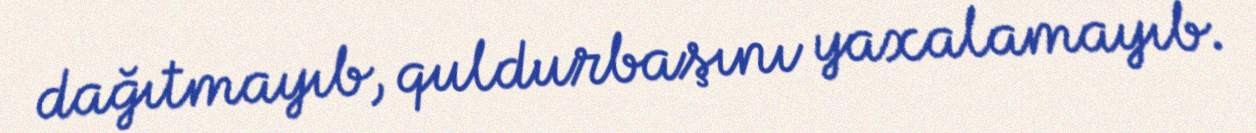
dağıtmayıb, quldurbaşını yaxalamayıb.